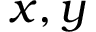
x , y